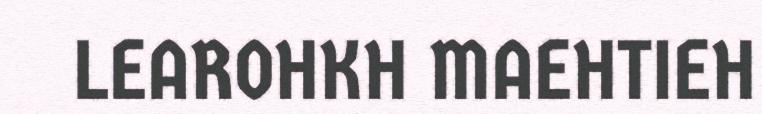
LEAROHKH MAEHTIEH